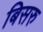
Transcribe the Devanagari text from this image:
बिसरु